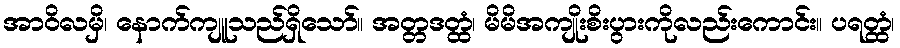
အာဝိလမှိ၊ နောက်ကျူသည်ရှိသော်။ အတ္တဒတ္ထံ၊ မိမိအကျိုးစိးပွားကိုလည်းကောင်း။ ပရတ္ထံ၊